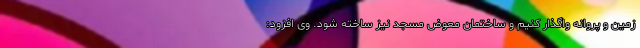
زمین و پروانه واگذار کنیم و ساختمان معوض مسجد نیز ساخته شود. وی افزود: